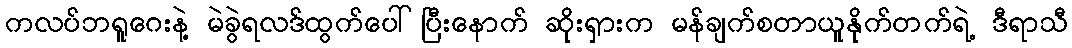
ကလပ်ဘရူဂေးနဲ့ မဲခွဲရလဒ်ထွက်ပေါ်ပြီးနောက် ဆိုးရှားက မန်ချက်စတာယူနိုက်တက်ရဲ့ ဒီရာသီ